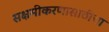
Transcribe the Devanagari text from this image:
सक्षमीकरणासाठीचा